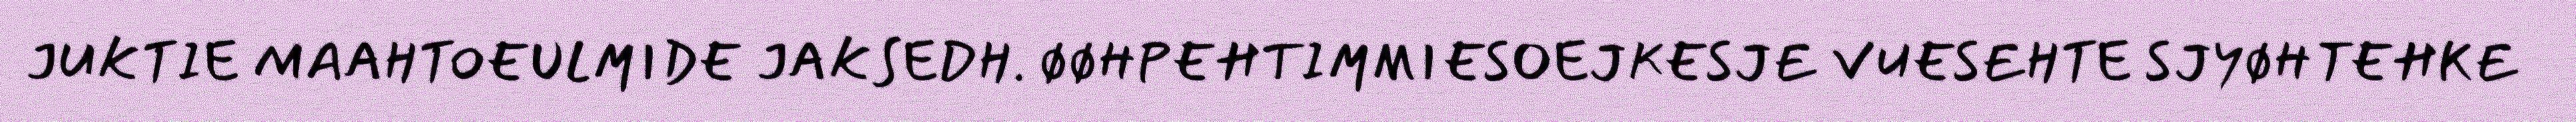
JUKTIE MAAHTOEULMIDE JAKSEDH. ØØHPEHTIMMIESOEJKESJE VUESEHTE SJYØHTEHKE